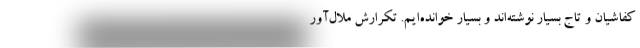
کفاشیان و تاج بسیار نوشته‌اند و بسیار خوانده‌ایم. تکرارش ملال‌آور